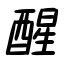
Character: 醒